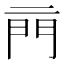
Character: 𨳏